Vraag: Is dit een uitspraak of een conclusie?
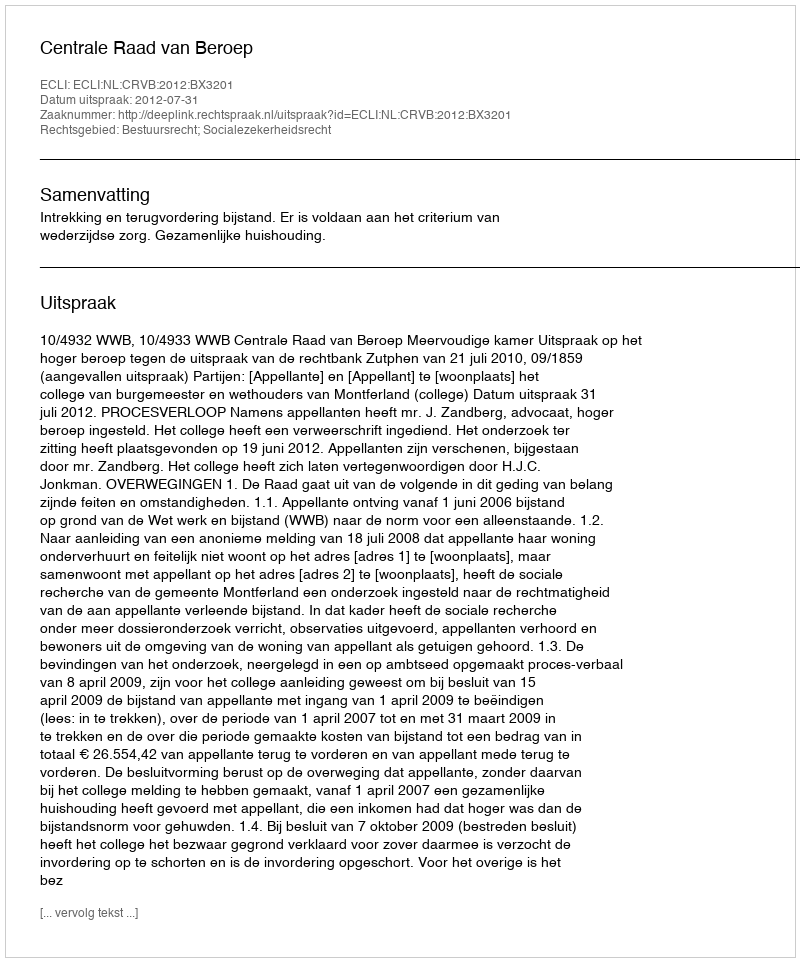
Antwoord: Uitspraak